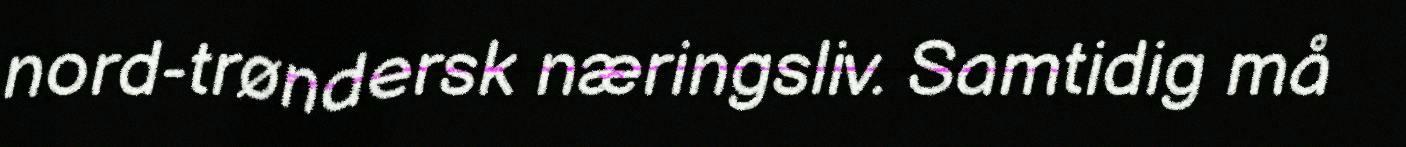
nord-trøndersk næringsliv. Samtidig må